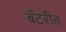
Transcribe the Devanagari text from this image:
बॅटरीत